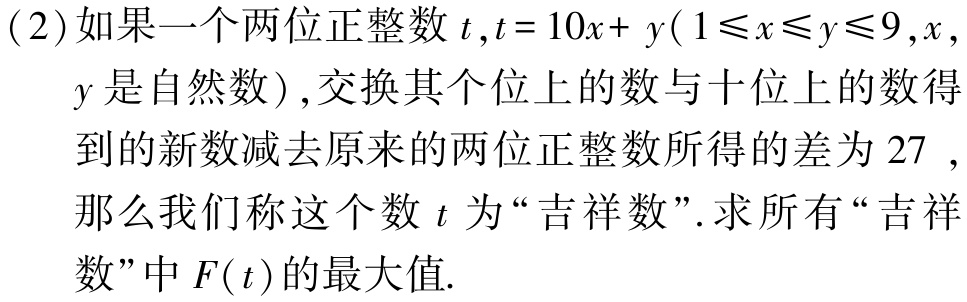
(2)如果一个两位正整数\(t,t = 10x + y(1\leqslant x\leqslant y\leqslant9,x,y\)是自然数\()\),交换其个位上的数与十位上的数得到的新数减去原来的两位正整数所得的差为\(27\) ,那么我们称这个数\(t\)为“吉祥数”.求所有“吉祥数”中\(F(t)\)的最大值.